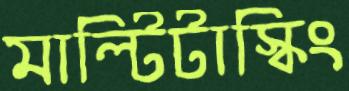
মাল্টিটাস্কিং